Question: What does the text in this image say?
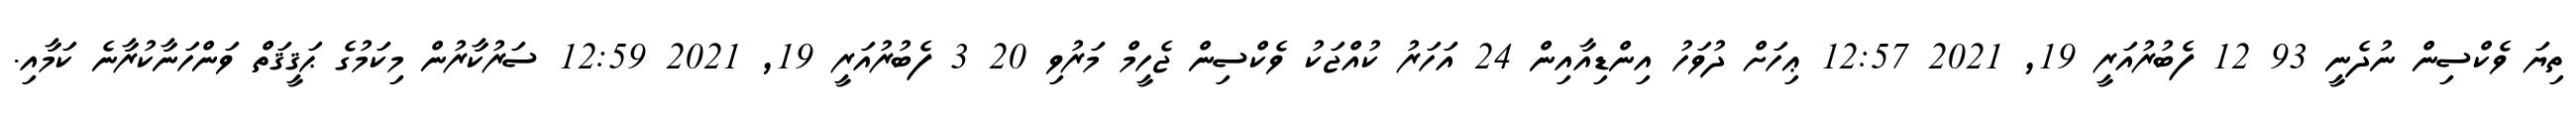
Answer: ތިޔަ ވެކްސިން ނުދެނީ 93 12 ފެބުރުއަރީ 19, 2021 12:57 ޢިހަށް ދުވަހު އިންޑިއާއިން 24 އަހަރު ކުއްޖަކު ވެކްސިން ޖެހީމް މަރުވި 20 3 ފެބުރުއަރީ 19, 2021 12:59 ސަރުކާރުން މިކަމުގެ ޙަޤީޤަތް ވަންހަނާކުރާނެ ކަމާއި.